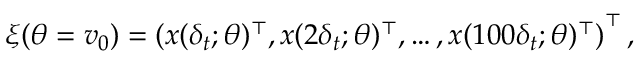
\ensuremath { \boldsymbol { \xi } } ( \theta = \ensuremath { \boldsymbol { v } } _ { 0 } ) = \left( \ensuremath { \boldsymbol { x } } ( \delta _ { t } ; \theta ) ^ { \top } , \ensuremath { \boldsymbol { x } } ( 2 \delta _ { t } ; \theta ) ^ { \top } , \dots , \ensuremath { \boldsymbol { x } } ( 1 0 0 \delta _ { t } ; \theta ) ^ { \top } \right) ^ { \top } ,